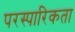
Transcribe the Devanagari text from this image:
परस्पारिकता